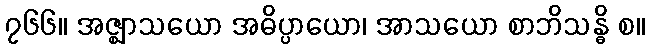
၇၆၆။ အဇ္ဈာသယော အဓိပ္ပာယော၊ အာသယော စာဘိသန္ဓိ စ။